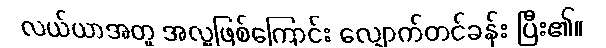
လယ်ယာအတူ အလှူဖြစ်ကြောင်း လျှောက်တင်ခန်း ပြီး၏။